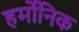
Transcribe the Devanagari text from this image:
हर्मोनिक